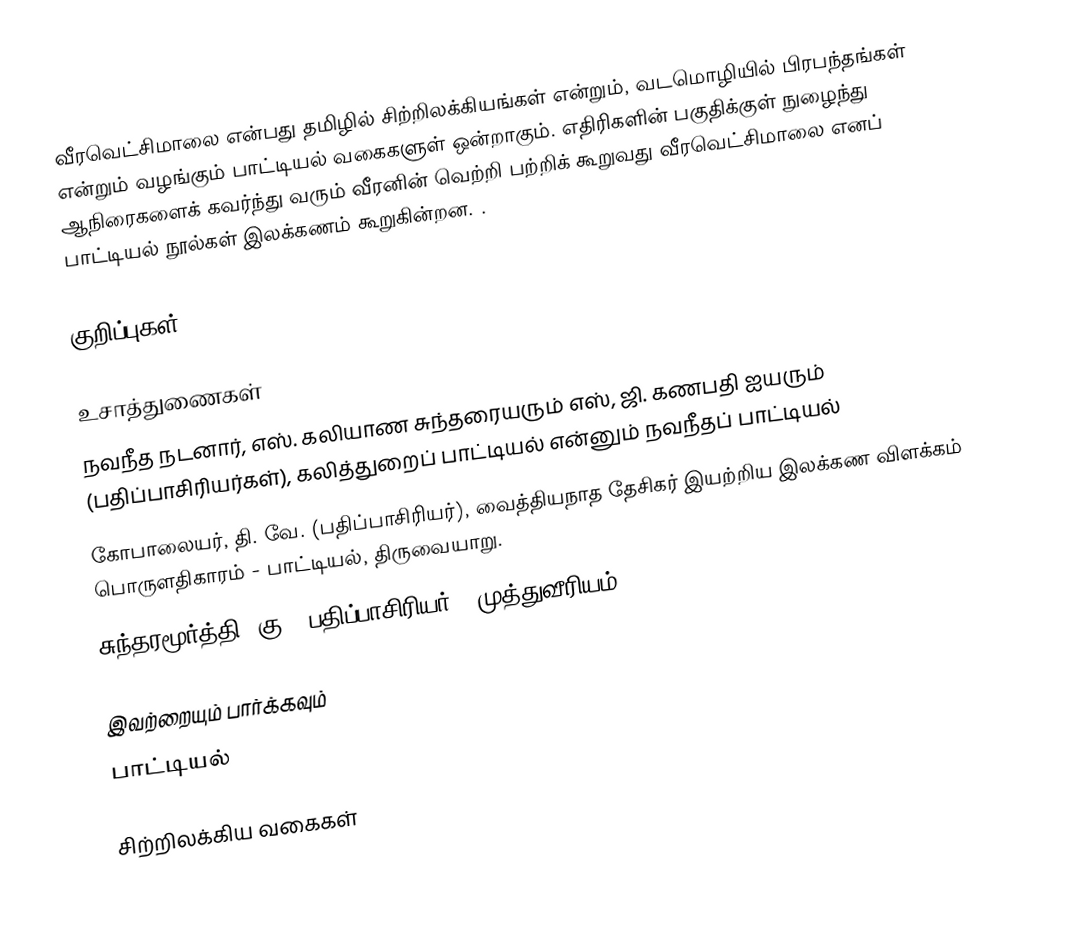
வீரவெட்சிமாலை என்பது தமிழில் சிற்றிலக்கியங்கள் என்றும், வடமொழியில் பிரபந்தங்கள் என்றும் வழங்கும் பாட்டியல் வகைகளுள் ஒன்றாகும். எதிரிகளின் பகுதிக்குள் நுழைந்து ஆநிரைகளைக் கவர்ந்து வரும் வீரனின் வெற்றி பற்றிக் கூறுவது வீரவெட்சிமாலை எனப் பாட்டியல் நூல்கள் இலக்கணம் கூறுகின்றன. .

குறிப்புகள்

உசாத்துணைகள்
 நவநீத நடனார், எஸ். கலியாண சுந்தரையரும் எஸ், ஜி. கணபதி ஐயரும் (பதிப்பாசிரியர்கள்), கலித்துறைப் பாட்டியல் என்னும் நவநீதப் பாட்டியல்
 கோபாலையர், தி. வே. (பதிப்பாசிரியர்), வைத்தியநாத தேசிகர் இயற்றிய இலக்கண விளக்கம் பொருளதிகாரம் - பாட்டியல், திருவையாறு.
 சுந்தரமூர்த்தி, கு. (பதிப்பாசிரியர்), முத்துவீரியம்

இவற்றையும் பார்க்கவும்
 பாட்டியல்

சிற்றிலக்கிய வகைகள்